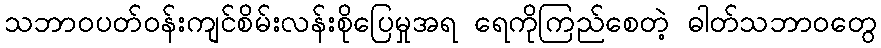
သဘာဝပတ်ဝန်းကျင်စိမ်းလန်းစိုပြေမှုအရ ရေကိုကြည်စေတဲ့ ဓါတ်သဘာဝတွေ